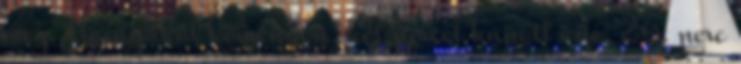
meg Hornyákot keményen, két percet kapott érte. 26. perc